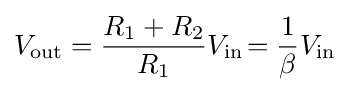
V_{\text{out}}={\frac {R_{\text{1}}+R_{\text{2}}}{R_{\text{1}}}}V_{\text{in}}\!={\frac {1}{\beta }}V_{\text{in}}